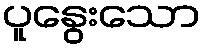
ပူနွေးသော